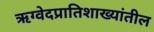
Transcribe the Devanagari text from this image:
ऋग्वेदप्रातिशाख्यांतील